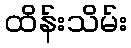
ထိန်းသိမ်း